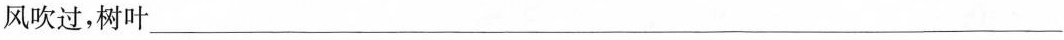
风吹过，树叶___